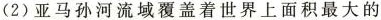
(2)亚马孙河流域覆盖着世界上面积最大的